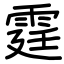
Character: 霆